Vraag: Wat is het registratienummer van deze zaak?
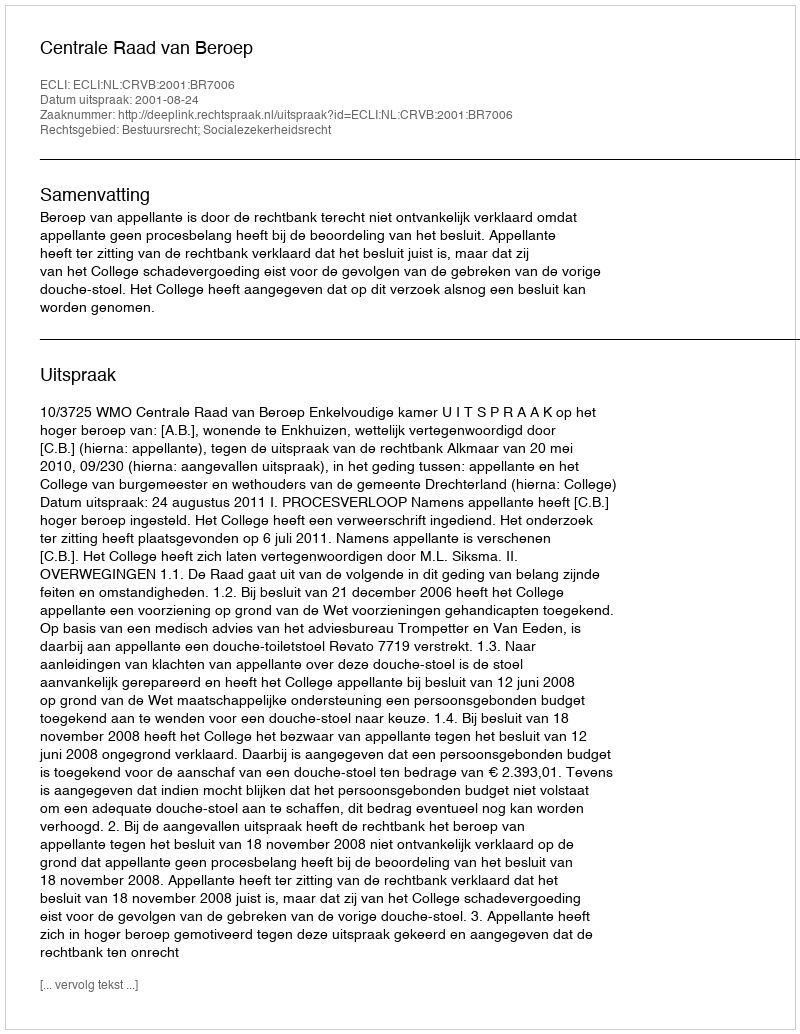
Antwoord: http://deeplink.rechtspraak.nl/uitspraak?id=ECLI:NL:CRVB:2001:BR7006